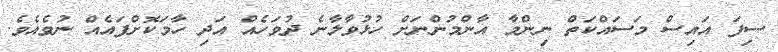
ސިފަ އައިސް މަސައްކަތް ނިންމާ އާންމުންނަށް ހުޅުވާލާނެ ދުވަހެއް އަދި ހާމަކޮށްފައެއް ނުވެއެވެ.